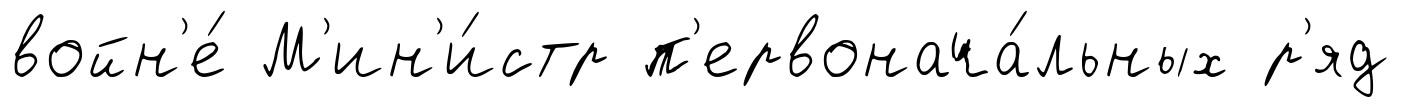
войн'е́ М'ин'и́стр п'ервонача́льных р'яд